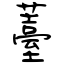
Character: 薹